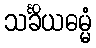
သင်္ခိယဓမ္မံ